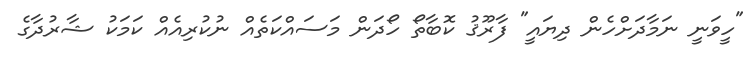
"ހީވަނީ ނަމާދަށްހެން ދިޔައީ" ފާރޫޤު ކޮބާތޯ ހޯދަން މަސައްކަތެއް ނުކުރިއެއް ކަމަކު ޝާރުދާގެ